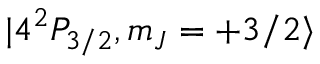
| 4 ^ { 2 } P _ { 3 / 2 } , m _ { J } = + 3 / 2 \rangle